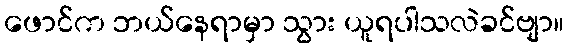
ဖောင်က ဘယ်နေရာမှာ သွား ယူရပါသလဲခင်ဗျာ။